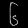
Digit: ၆